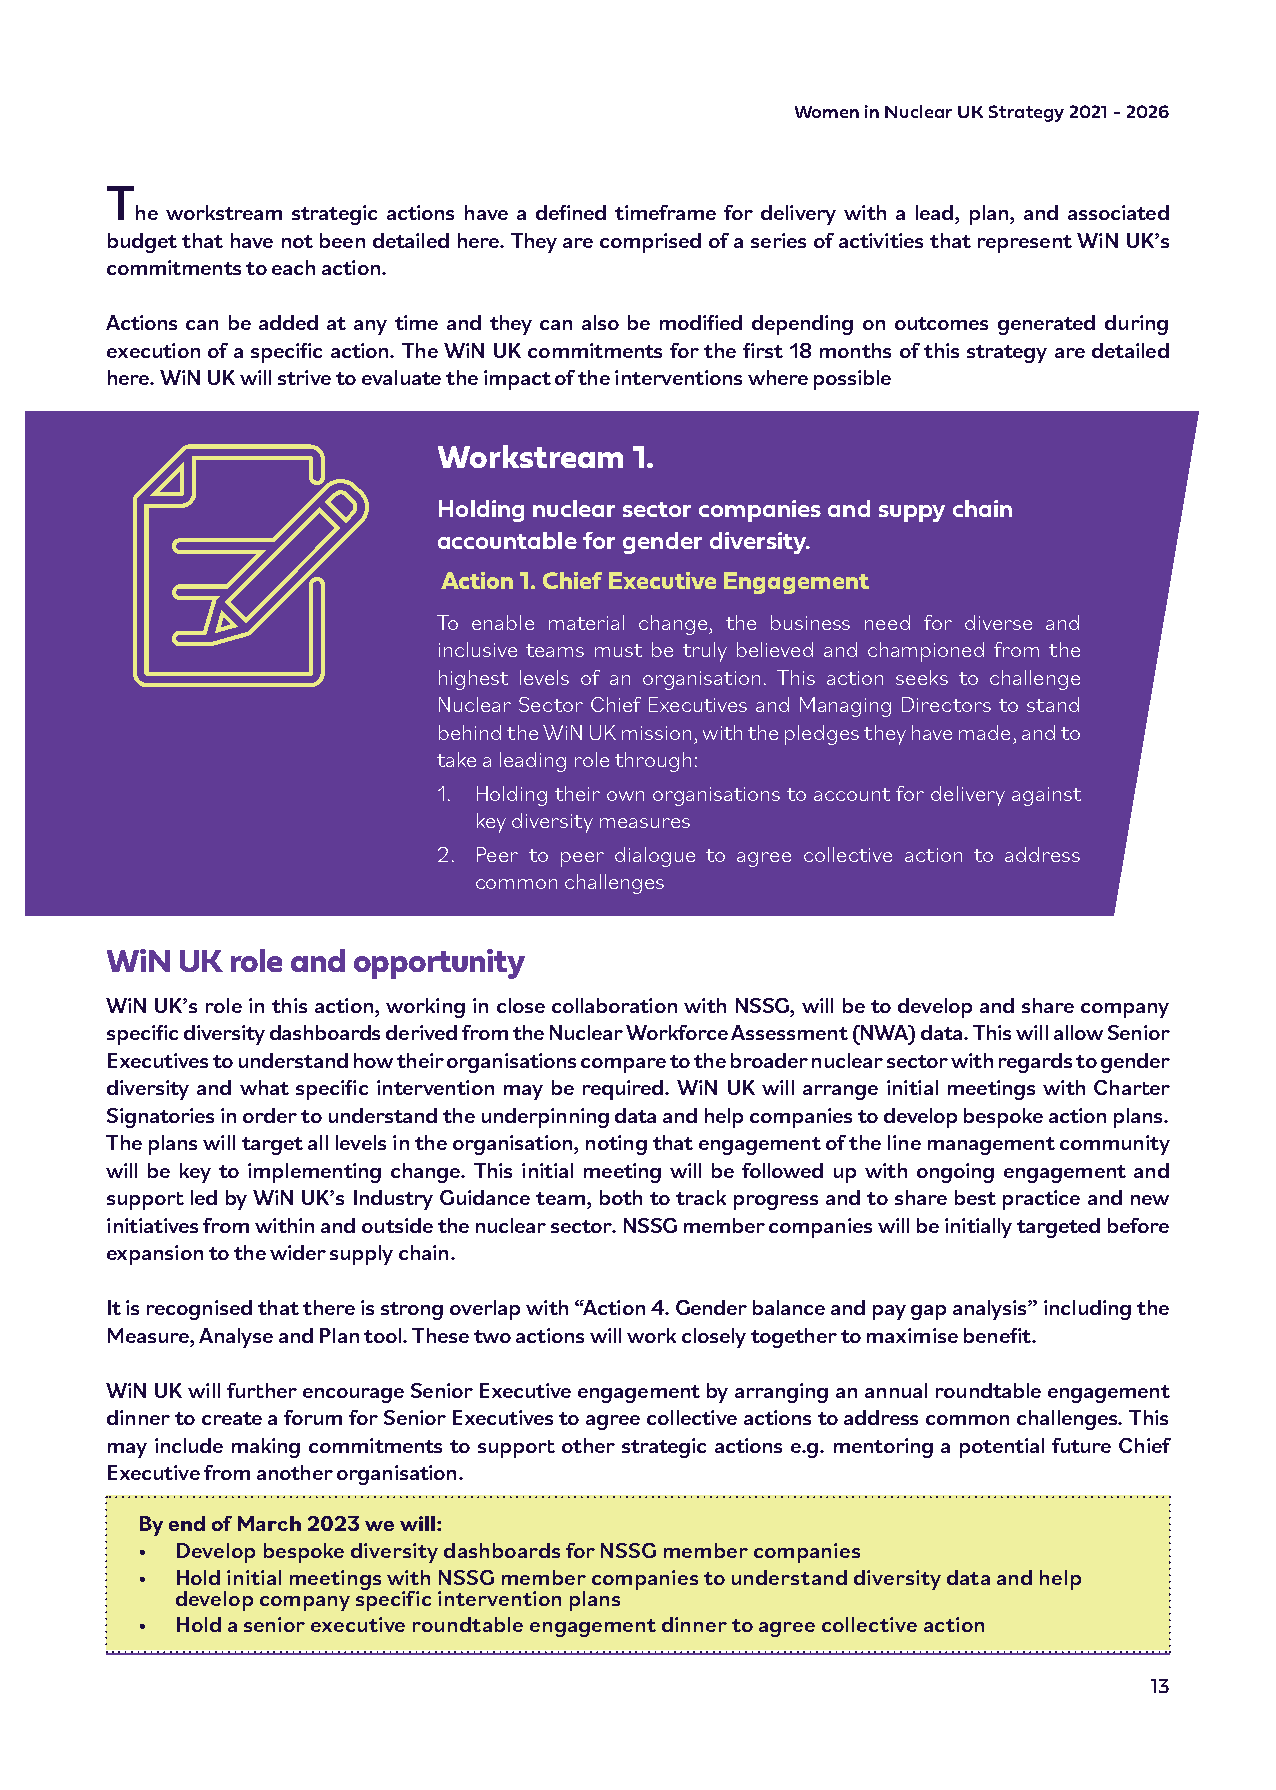
Women in Nuclear UK Strategy 2021 - 2026
 T
 he workstream strategic actions have a defined timeframe for delivery with a lead, plan, and associated
 budget that have not been detailed here. They are comprised of a series of activities that represent WiN UK’s
 commitments to each action.
 Actions can be added at any time and they can also be modified depending on outcomes generated during
 execution of a specific action. The WiN UK commitments for the first 18 months of this strategy are detailed
 here. WiN UK will strive to evaluate the impact of the interventions where possible
 Workstream   1.
 Holding nuclear sector companies and suppy chain
 accountable for gender diversity.
 Action 1. Chief Executive Engagement
 To enable material change, the business need for diverse and
 inclusive teams must be truly believed and championed from the
 highest levels of an organisation. This action seeks to challenge
 Nuclear Sector Chief Executives and Managing Directors to stand
 behind the WiN UK mission, with the pledges they have made, and to
 take a leading role through:
 1. Holding their own organisations to account for delivery against
 key diversity measures
 2. Peer to peer dialogue to agree collective action to address
 common challenges
 WiN  UK role and opportunity
 WiN UK’s role in this action, working in close collaboration with NSSG, will be to develop and share company
 specific diversity dashboards derived from the Nuclear Workforce Assessment (NWA) data. This will allow Senior
 Executives to understand how their organisations compare to the broader nuclear sector with regards to gender
 diversity and what specific intervention may be required. WiN UK will arrange initial meetings with Charter
 Signatories in order to understand the underpinning data and help companies to develop bespoke action plans.
 The plans will target all levels in the organisation, noting that engagement of the line management community
 will be key to implementing change. This initial meeting will be followed up with ongoing engagement and
 support led by WiN UK’s Industry Guidance team, both to track progress and to share best practice and new
 initiatives from within and outside the nuclear sector. NSSG member companies will be initially targeted before
 expansion to the wider supply chain.
 It is recognised that there is strong overlap with “Action 4. Gender balance and pay gap analysis” including the
 Measure, Analyse and Plan tool. These two actions will work closely together to maximise benefit.
 WiN UK will further encourage Senior Executive engagement by arranging an annual roundtable engagement
 dinner to create a forum for Senior Executives to agree collective actions to address common challenges. This
 may include making commitments to support other strategic actions e.g. mentoring a potential future Chief
 Executive from another organisation.
 By end of March 2023 we will:
 •  Develop bespoke diversity dashboards for NSSG member companies
 •  Hold initial meetings with NSSG member companies to understand diversity data and help
 develop company specific intervention plans
 •  Hold a senior executive roundtable engagement dinner to agree collective action
 13